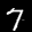
Label: 7